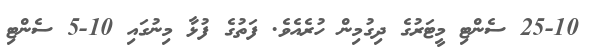
25-10 ސެންޓި މީޓަރުގެ ދިގުމިން ހުރެއެވެ. ފަތުގެ ފުޅާ މިނުގައި 10-5 ސެންޓި